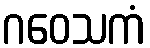
ဂဝေသကံ